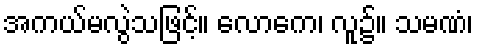
အကယ်မလွဲသဖြင့်။ လောကေ၊ လူ၌။ သမဏံ၊